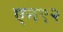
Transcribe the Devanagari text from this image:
एन९२